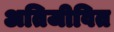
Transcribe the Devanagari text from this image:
अतिजीवित